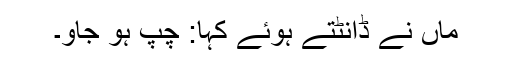
ماں نے ڈانٹتے ہوئے کہا: چپ ہو جاؤ۔